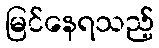
မြင်နေရသည့်